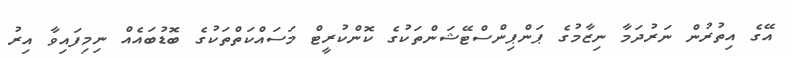
އޭގެ އިތުރުން ނަރުދަމާ ނިޒާމުގެ ޕަންޕިންސްޓޭޝަންތަކުގެ ކޮންކުރީޓް މަސައްކަތްތަކުގެ ބޮޑުބައެއް ނިމިފައިވާ އިރު